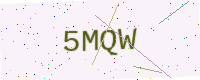
Text: 5MQW